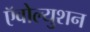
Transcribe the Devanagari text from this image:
ऍवोल्युशन